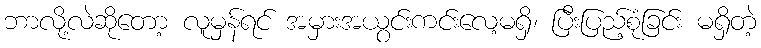
ဘာလို့လဲဆိုတော့ လူမှန်ရင် အမှားအယွင်းကင်းလေ့မရှိ၊ ပြီးပြည့်စုံခြင်း မရှိတဲ့